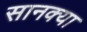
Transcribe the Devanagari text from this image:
सानक्या